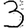
Digit: 3